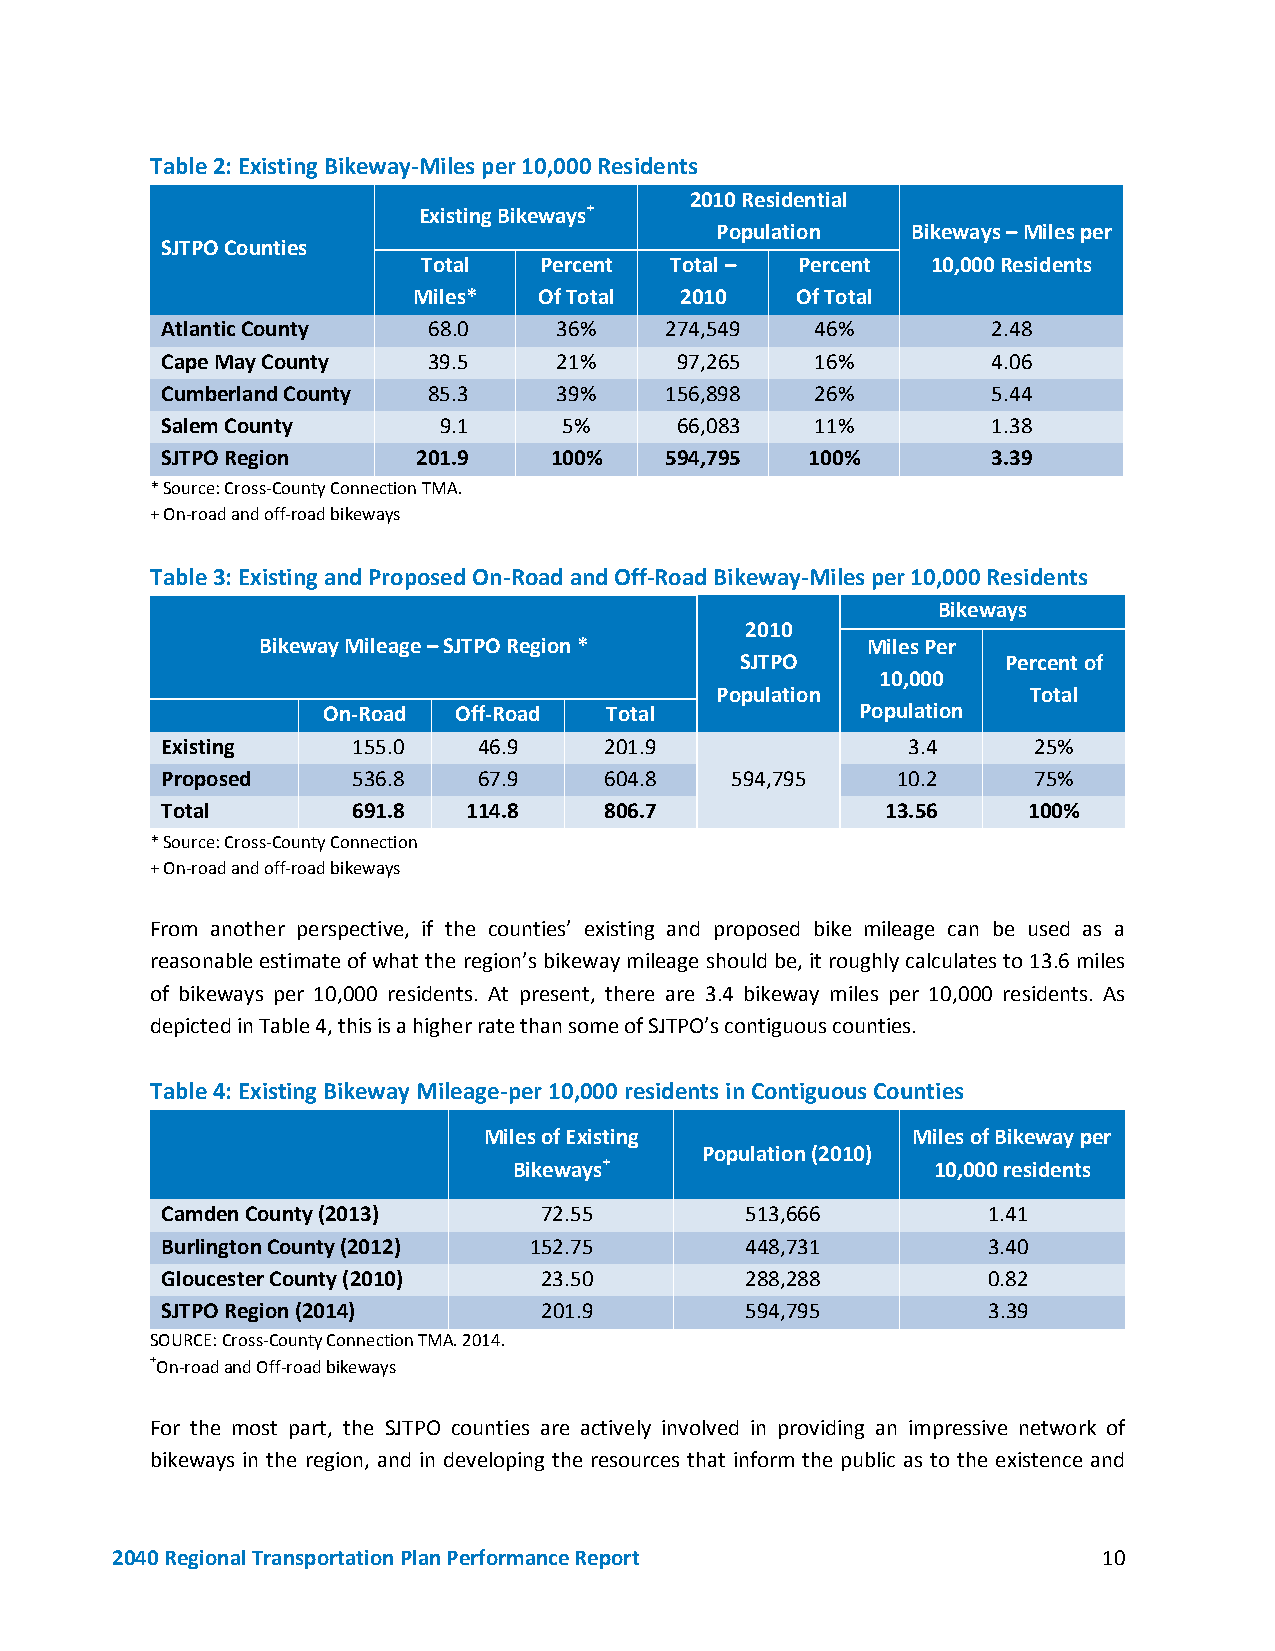
Table 2: Existing Bikeway-Miles per 10,000 Residents
 2010 Residential
 Existing Bikeways+
 Population   Bikeways – Miles per
 SJTPO Counties
 Total   Percent Total –  Percent  10,000 Residents
 Miles*   Of Total 2010    Of Total
 Atlantic County  68.0     36%    274,549   46%         2.48
 Cape May County  39.5     21%     97,265   16%         4.06
 Cumberland County 85.3    39%    156,898   26%         5.44
 Salem County      9.1     5%      66,083   11%         1.38
 SJTPO Region     201.9   100%    594,795   100%        3.39
 * Source: Cross-County Connection TMA.
 + On-road and off-road bikeways
 Table 3: Existing and Proposed On-Road and Off-Road Bikeway-Miles per 10,000 Residents
 Bikeways
 2010
 Bikeway Mileage – SJTPO Region *        Miles Per
 SJTPO             Percent of
 10,000
 Population           Total
 On-Road  Off-Road  Total            Population
 Existing    155.0    46.9    201.9               3.4     25%
 Proposed    536.8    67.9    604.8   594,795    10.2     75%
 Total       691.8   114.8    806.7              13.56    100%
 * Source: Cross-County Connection
 + On-road and off-road bikeways
 From another perspective, if the counties’ existing and proposed bike mileage can be used as a
 reasonable estimate of what the region’s bikeway mileage should be, it roughly calculates to 13.6 miles
 of bikeways per 10,000 residents. At present, there are 3.4 bikeway miles per 10,000 residents. As
 depicted in Table 4, this is a higher rate than some of SJTPO’s contiguous counties.
 Table 4: Existing Bikeway Mileage-per 10,000 residents in Contiguous Counties
 Miles of Existing           Miles of Bikeway per
 Population (2010)
 Bikeways+                   10,000 residents
 Camden County (2013)     72.55        513,666         1.41
 Burlington County (2012) 152.75       448,731         3.40
 Gloucester County (2010) 23.50        288,288         0.82
 SJTPO Region (2014)      201.9        594,795         3.39
 SOURCE: Cross-County Connection TMA. 2014.
 +On-road and Off-road bikeways
 For the most part, the SJTPO counties are actively involved in providing an impressive network of
 bikeways in the region, and in developing the resources that inform the public as to the existence and
 2040 Regional Transportation Plan Performance Report              10